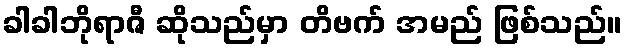
ခါခါဘိုရာဇီ ဆိုသည်မှာ တိဗက် အမည် ဖြစ်သည်။